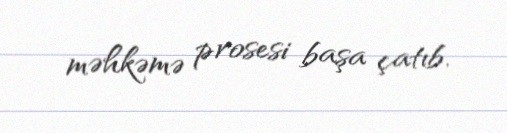
məhkəmə prosesi başa çatıb.